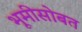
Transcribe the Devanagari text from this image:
भूमीसोबत